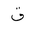
Letter: _qaf